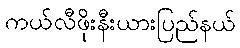
ကယ်လီဖိုးနီးယားပြည်နယ်